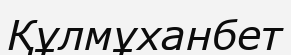
Құлмұханбет